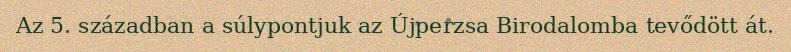
Az 5. században a súlypontjuk az Újperzsa Birodalomba tevődött át.